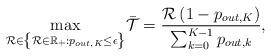
LaTeX: \begin{align*}{\mathop {{\rm{max}}}\limits_{\mathcal R \in \left\{\mathcal R \in \mathbb R_+: {p_{out,K}} \le \epsilon \right\}} }&{\bar {\mathcal T} = \frac{{\mathcal R\left( {1 - {p_{out,K}}} \right)}}{{\sum\nolimits_{k = 0}^{K - 1} {{p_{out,k}}} }}},\end{align*}